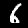
Digit: 6